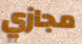
مجازي